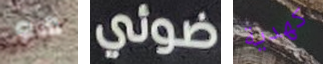
هو ضوئي كهدية